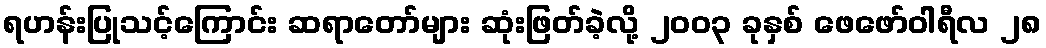
ရဟန်းပြုသင့်ကြောင်း ဆရာတော်များ ဆုံးဖြတ်ခဲ့လို့ ၂၀၀၃ ခုနှစ် ဖေဖော်ဝါရီလ ၂၈